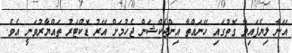
އޭނާ ލިޔެފައިވާ ގޮތުގައި ހޭނައްތާ އިންޖެކްޝަން ޖެހުމަށް އޭރު ޑޮކްޓަރު ތައްޔާރުވަނީ އެވެ.